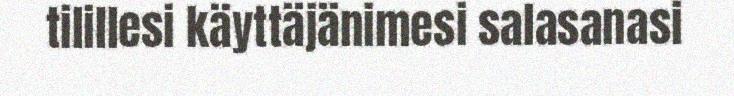
tilillesi käyttäjänimesi salasanasi